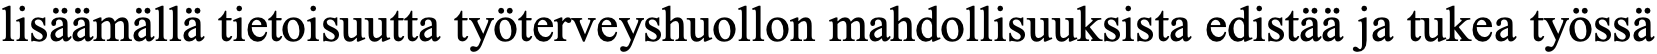
lisäämällä tietoisuutta työterveyshuollon mahdollisuuksista edistää ja tukea työssä